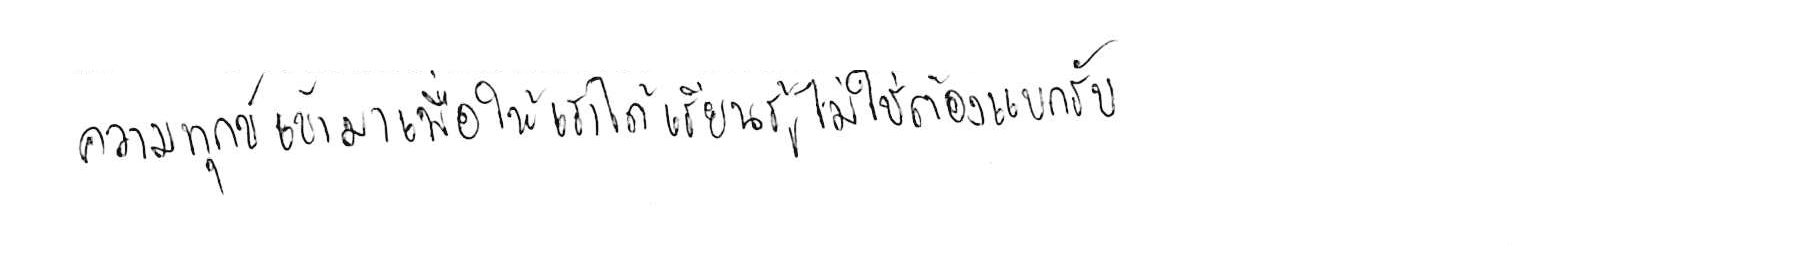
ความทุกข์ เข้ามาเพื่อให้เราได้ เรียนรู้ ไม่ใช่ต้อง แบกรับ